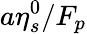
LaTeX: a\eta_{s}^{0}/F_{p}